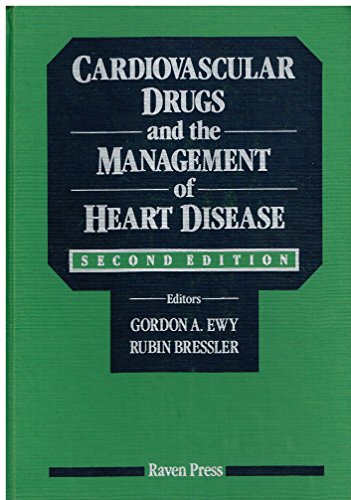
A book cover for Cardiovascular Drugs and the Management of Heart Disease; Gordon A. Ewy; Medical Books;